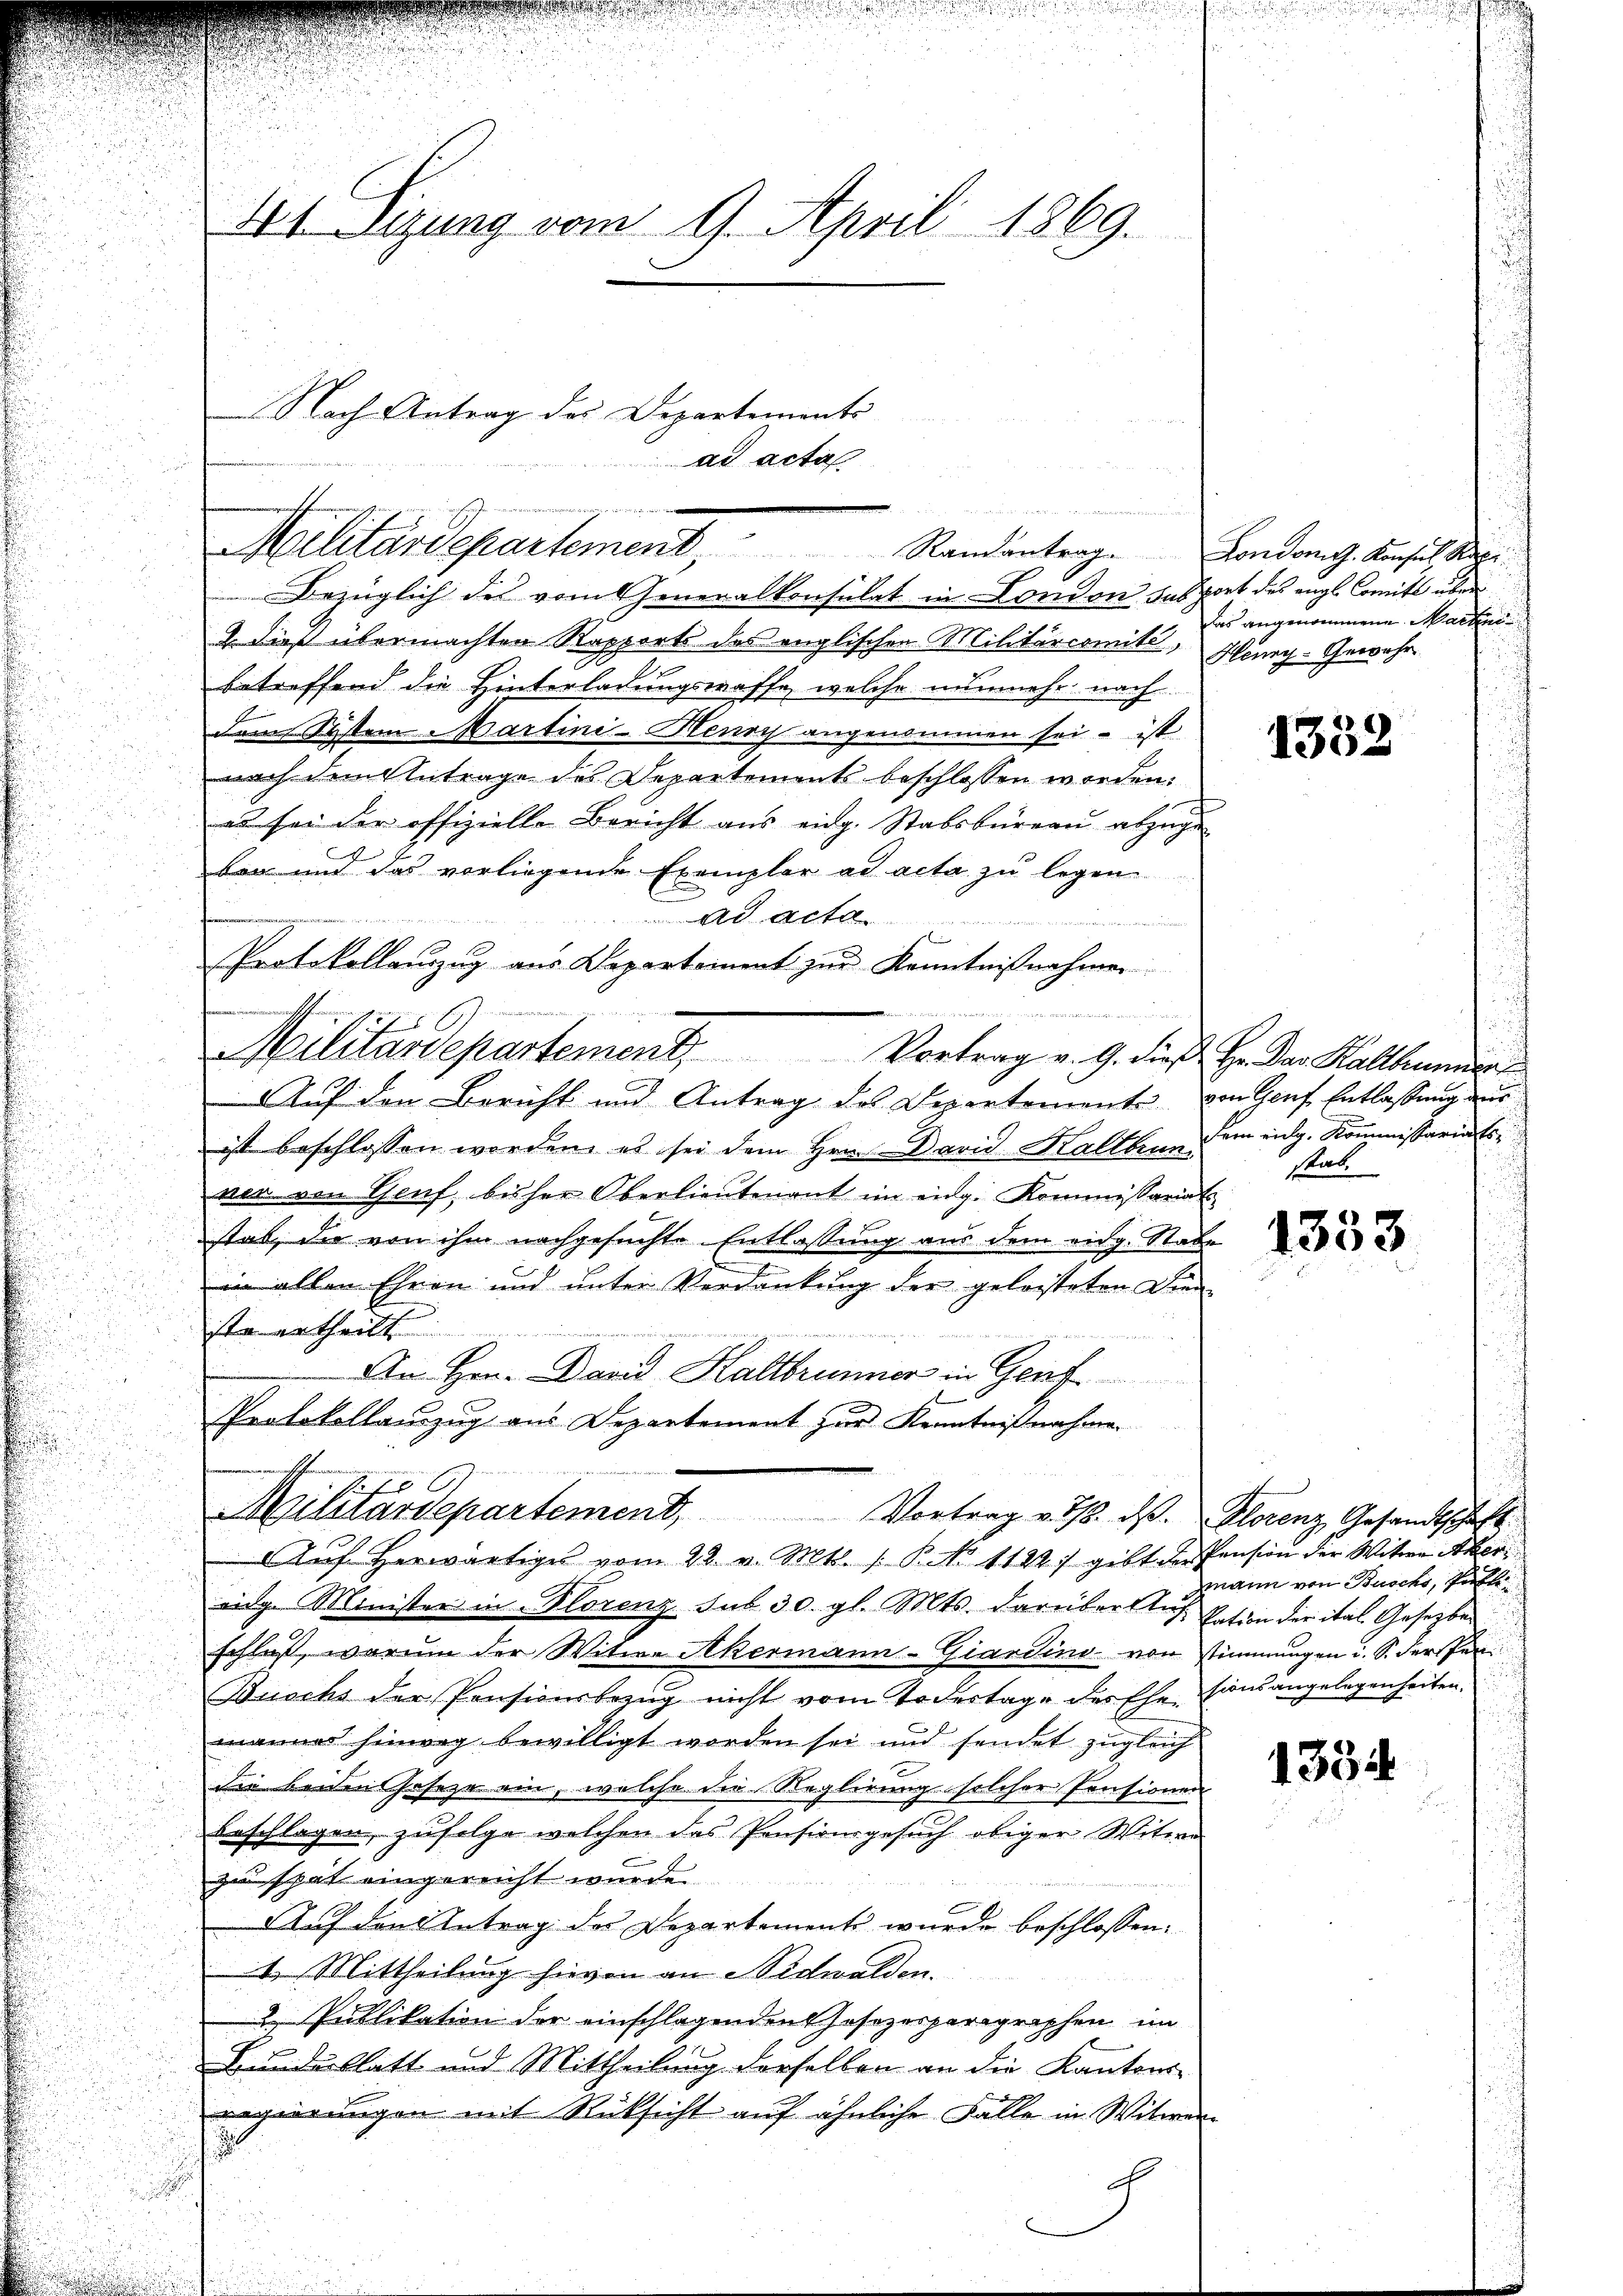
44 Sizung vom 9. April 1869.

Nach Antrag des Departements

Bezüglich des vom Generalkonsulat in London das port des engl. Comite über
2. dieß übermachten Stapports des englischen Militärcomité,
betreffend die Hinterladungswaffe, welche nunmehr nach
dem System Martini-Henry angenommen sei – ist
nach dem Antrage des Departements beschlossen worden.
es sei der offizielle Bericht aus eidg. Stabsbureau abzuge
ben und das vorliegende Exemplar ad acta zu legen
 ad acta.
gg, ich sich den in Baue
Protokollauszug aus Departement zur Kenntnißnahmen

inden
Militärdepartement, Randantrag. Landamnach Ansich de

angrenzen Enge unendenermann ge
Militärdepartement. Vortrag v. 9. dieß Hr. Der Kallhamer
Auf den Bericht und Antrag des Departemente von Genf Entlassung der

0 x

ad acta

ist beschlossen worden, es sei dem Hrn. David Kaltbrun dem eidg. Kommissariats
ner von Genf, bisher Oberlieutenant im eidg. Kommissariat
stat, die von ihm nachgesuchte Entlassung aus dem eidg. Rabe
C
ii allen Ehren und unter Verdankung der geleisteten Dienf
ste ertheilt
An Hrn. David Kaltbrunner in Genf
Protokollauszug aus Departement zur Kenntnißnahme
eidg. Minister in Florenz sub 30. gl. Mts. darüber Auf Paten der ital. Gesetzbe
schluß, warum der Witwe Akermann-Giardino von stimmungen u. S. dersen
Buochs der Pensionsbezug nicht vom Todestage des Ehesionsangelegenheiten.
mannes hinweg bewilligt worden sei und sendet zugleich
die beiden Joseze ein, welche der Reglirung solcher Pensionen
beschlagen, zufolge welchen das Pensionsgesuch obiger Witwe
zu spät eingereicht wurde
Auf den Antrag des Departemente wurde beschlossen:
1. Mittheilung hievon an Nidwalden.
2 Publikation der einschlagenden Josezesparagraphen im
Bundesblatt und Mittheilung derselben an die Kantons-
regierungen mit Rücksicht auf ähnliche Falle in Witwer-

Militärdepartement, Vortrag v. 18. ds. Florenz Gesandtschaft.
AAŭf herwärtiges vom 28. v. Mts. 1. P. No 1182) gibt der Pension der Witwe Aker¬

c

das angenommene Markei
Henry-Gewähr

1352

stab.

1333

mann von Busch, Past

1334